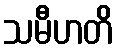
သမီဟတိ